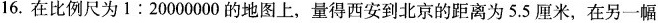
16.在比例尺为1:20000000的地图上，量得西安到北京的距离为5.5厘米，在另一幅